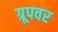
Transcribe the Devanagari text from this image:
ग्रूपवर